Vaccination in Bombay 1889-1901 - 1889-1901
Year: 1889
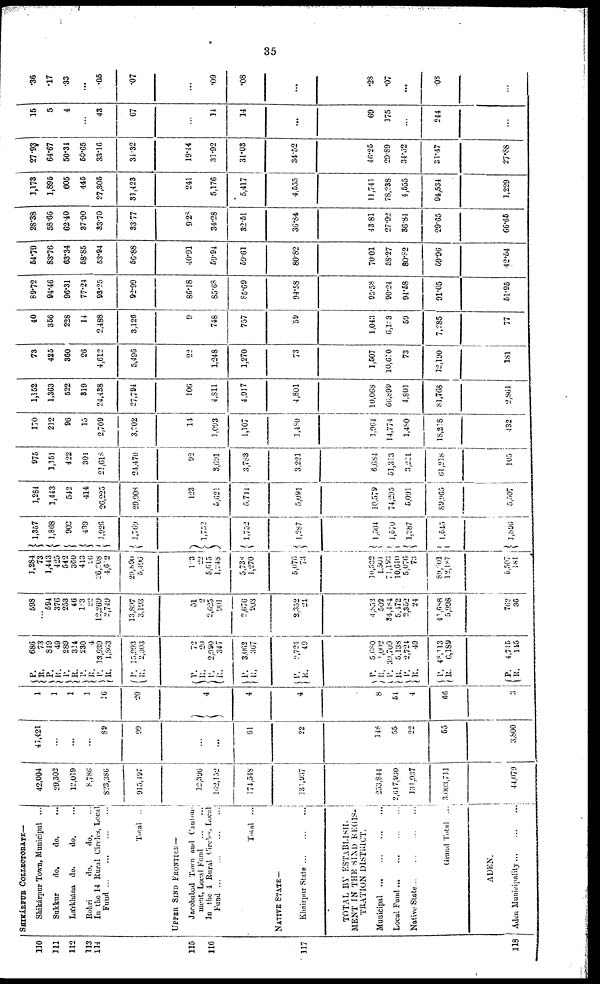
35
110
111
112
113
114
115
116
117
118
SHIKÁRPUR COLLECTORATE—
Shikárpur Town, Municipal ...
Sukkur
do.
do. ...
Laírkhána do.
do. ...
Rohri
do.
do. ...
In the 14 Rural Circles, Local
Fund
...
...
...
...
Total ...
UPPER SIND FRONTIER —
Jacobabad Town and Canton-
ment, Local Fund
...
...
In the 4 Rural Circles Local
Fund
...
...
...
...
Total ...
NATIVE STATE—
Khairpur State
...
...
...
TOTAL BY ESTABLISH-
MENT IN THE SIND REGIS-
TRATION DISTRICT.
Municipal
...
...
...
...
Local Fund
...
...
...
...
Native State
...
...
...
...
Grand Total ...
ADEN.
Aden Municipality
...
...
...
42,004
29,302
12,019
8,786
823,386
915,497
12,396
162,152
174,548
131,937
253,841
2,617,930
131,937
3,003,711
44,079
41,421
...
...
...
89
99
...
...
61
22
148
55
22
55
3,800
1
1
1
1
16
20
4
4
4
8
51
4
66
3
P.
R.
P.
R.
P.
R. P. R.
R.
R.
P.
R.
P.
R.
P.
R.
P.
R.
P.
R.
P.
R.
P.
R.
P.
R.
P.
R.
P.
R.
686
73
819
49
289
314
230
4
13,930
1,363
15,993
2,303
72
20
2,990
347
3,062
367
2,724
49
5,680
1,002
39,709
5,138
2,724
49
48,113
6,189
4,745
145
598
...
594
376
253
46
133
22
12,269
2,749
13,897
3,193
51
2
2,625
901
2,676
903
2,352
24
4,852
502
34,484
5,472
2,352
24
41,688
5,998
762
36
1,284
73
1,443
425
542
360
413
26
26,208
4,602
29,890
5,496
103
22
5,615
1,248
5,738
1,270
5,076
73
10,532
1,501
7l,l93
10,610
5,076
73
89,001
12,187
5,507
181
1,357
1,868
902
439
1,926
1,769
1,752
1,752
1,287
1,504
1,570
1,287
1,545
1,896
1,284
1,443
542
414
26,225
29,908
123
5,621
5,744
5,091
10,579
74,295
5,091
89,965
5,507
975
1,151
422
301
21,618
24,470
92
3,691
3,783
3,221
6,684
51,313
3,221
61,218
105
170
212
96
15
2,709
3,202
14
1,093
1,107
1,480
1,964
14,774
1,480
18,218
432
1,152
1,363
522
319
24,438
27,794
106
4,811
4,917
4,801
10,068
66,899
4,801
81,768
2,861
73
425
360
26
4,612
5,496
22
1,248
1,270
73
1,507
10,610
73
12,190
181
40
356
228
14
2,488
3,126
9
748
757
59
1,043
6,103
59
7,285
77
89.72
94.46
96.31
77.24
93.25
92.99
86.18
85.68
85.69
94.58
95.58
90.24
94.58
91.05
51.95
54.79
83.76
63.34
58.85
53.94
56.88
40.91
59.94
59.61
80.82
70.01
58.27
80.82
59.96
42.54
28.38
58.66
62.40
37.90
33.70
33.77
9.28
34.28
32.51
36.84
43.81
27.92
36.84
29.65
66.65
1,173
1,895
605
445
27,305
31,423
241
5,176
5,417
4,555
11,741
78,238
4,555
94,534
1,229
27.93
64.67
50.34
50.65
33.16
31.32
19.44
31.92
31.03
34.52
46.25
29.89
31.52
31.47
27.88
15
5
4
...
43
67
...
14
14
...
69
175
...
244
...
.36
.17
.33
...
.05
.07
...
.09
.08
...
.28
.07
...
.08
...